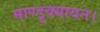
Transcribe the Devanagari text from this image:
माण्डुक्यायन।